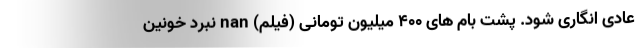
عادی انگاری شود. پشت بام های ۴۰۰ میلیون تومانی (فیلم) nan نبرد خونین